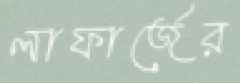
লাফার্জের